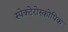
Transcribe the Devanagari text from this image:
स्पेक्टेरोस्कोपिक